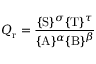
Q _ { \mathrm { r } } = { \frac { \{ \mathrm { S } \} ^ { \sigma } \{ \mathrm { T } \} ^ { \tau } } { \{ \mathrm { A } \} ^ { \alpha } \{ \mathrm { B } \} ^ { \beta } } }